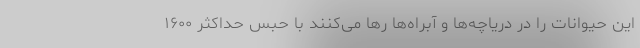
این حیوانات را در دریاچه‌ها و آبراه‌ها رها می‌کنند با حبس حداکثر ۱۶۰۰